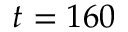
t = 1 6 0